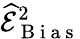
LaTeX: \widehat{\mathcal{E}}_{\mathrm{~B~i~a~s~}}^{2}